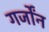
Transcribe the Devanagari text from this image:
गर्जोंन